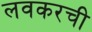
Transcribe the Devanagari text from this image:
लवकरची